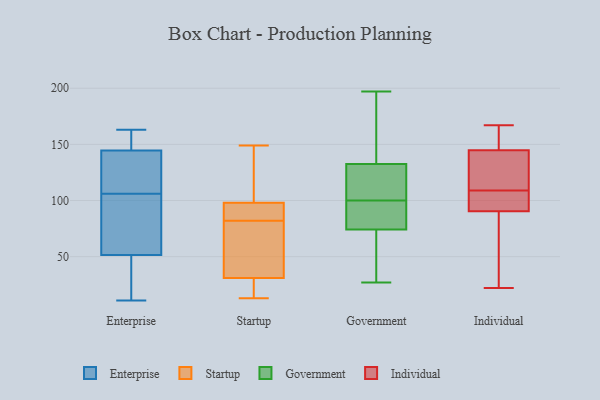
{"axis": {"x": "Inventory Turnover", "y": "Value"}, "legend": ["Enterprise", "Government", "Individual", "Startup"], "data": [{"x": "", "y": 151, "type": "Enterprise"}, {"x": "", "y": 33, "type": "Enterprise"}, {"x": "", "y": 57, "type": "Enterprise"}, {"x": "", "y": 142, "type": "Enterprise"}, {"x": "", "y": 11, "type": "Enterprise"}, {"x": "", "y": 115, "type": "Enterprise"}, {"x": "", "y": 143, "type": "Enterprise"}, {"x": "", "y": 163, "type": "Enterprise"}, {"x": "", "y": 137, "type": "Enterprise"}, {"x": "", "y": 46, "type": "Enterprise"}, {"x": "", "y": 146, "type": "Enterprise"}, {"x": "", "y": 28, "type": "Enterprise"}, {"x": "", "y": 57, "type": "Enterprise"}, {"x": "", "y": 153, "type": "Enterprise"}, {"x": "", "y": 97, "type": "Enterprise"}, {"x": "", "y": 60, "type": "Enterprise"}, {"x": "", "y": 38, "type": "Startup"}, {"x": "", "y": 98, "type": "Startup"}, {"x": "", "y": 72, "type": "Startup"}, {"x": "", "y": 131, "type": "Startup"}, {"x": "", "y": 98, "type": "Startup"}, {"x": "", "y": 92, "type": "Startup"}, {"x": "", "y": 13, "type": "Startup"}, {"x": "", "y": 149, "type": "Startup"}, {"x": "", "y": 31, "type": "Startup"}, {"x": "", "y": 18, "type": "Startup"}, {"x": "", "y": 27, "type": "Government"}, {"x": "", "y": 120, "type": "Government"}, {"x": "", "y": 100, "type": "Government"}, {"x": "", "y": 100, "type": "Government"}, {"x": "", "y": 69, "type": "Government"}, {"x": "", "y": 197, "type": "Government"}, {"x": "", "y": 197, "type": "Government"}, {"x": "", "y": 96, "type": "Government"}, {"x": "", "y": 109, "type": "Government"}, {"x": "", "y": 107, "type": "Government"}, {"x": "", "y": 37, "type": "Government"}, {"x": "", "y": 170, "type": "Government"}, {"x": "", "y": 76, "type": "Government"}, {"x": "", "y": 141, "type": "Individual"}, {"x": "", "y": 85, "type": "Individual"}, {"x": "", "y": 50, "type": "Individual"}, {"x": "", "y": 167, "type": "Individual"}, {"x": "", "y": 162, "type": "Individual"}, {"x": "", "y": 22, "type": "Individual"}, {"x": "", "y": 109, "type": "Individual"}, {"x": "", "y": 146, "type": "Individual"}, {"x": "", "y": 125, "type": "Individual"}, {"x": "", "y": 107, "type": "Individual"}, {"x": "", "y": 108, "type": "Individual"}]}